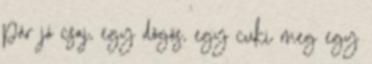
pár jó csaj, egy dögös, egy cuki meg egy